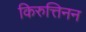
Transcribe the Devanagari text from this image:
किरुत्तिनन